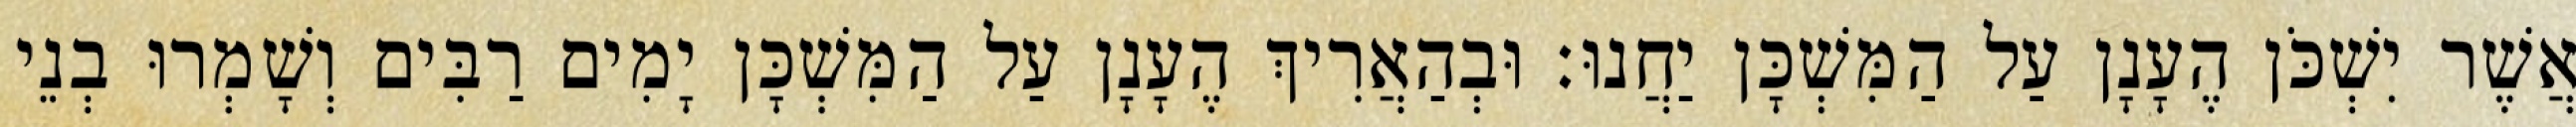
אֲשֶׁר יִשְׁכֹּן הֶעָנָן עַל הַמִּשְׁכָּן יַחֲנוּ׃ וּבְהַאֲרִיךְ הֶעָנָן עַל הַמִּשְׁכָּן יָמִים רַבִּים וְשָׁמְרוּ בְנֵי